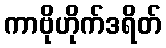
ကာဗိုဟိုက်ဒရိတ်